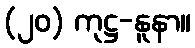
(၂၀) ကုဋ္ဌ-နူနာ။